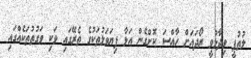
ލުތުފީ ވިދާޅުވީ ރޯދައަށް ހާއްސަ ކޮށްގެން އަޅާ ފިޔަވަޅުތަކުގެ ތެރޭގައި ވަކި ވަގުތުތަކެއްގައި